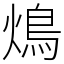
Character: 䲴